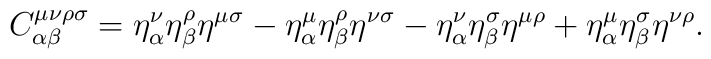
C^{\mu\nu\rho\sigma}_{\alpha\beta}=\eta^\nu_\alpha\eta^\rho_\beta\eta^{\mu\sigma}-\eta^\mu_\alpha\eta^\rho_\beta\eta^{\nu\sigma}-\eta^\nu_\alpha\eta^\sigma_\beta\eta^{\mu\rho}+\eta^\mu_\alpha\eta^\sigma_\beta\eta^{\nu\rho}.